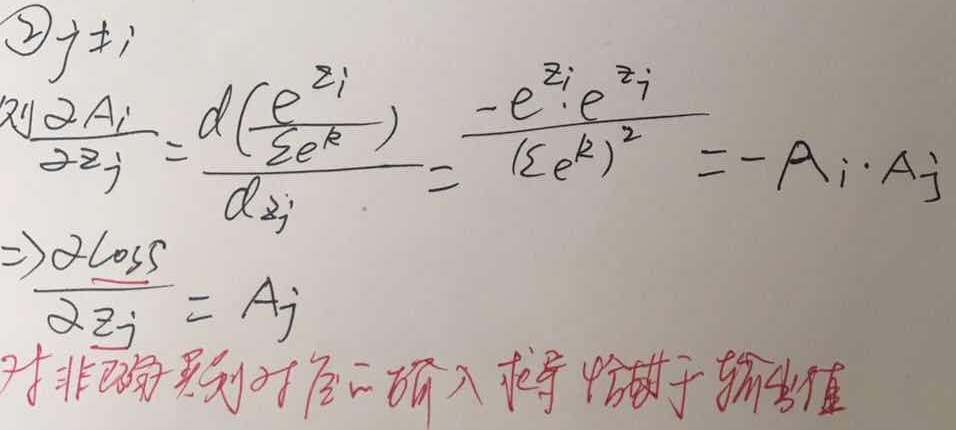
\textcircled{2} 若 \(A_{i}=\frac{e^{z_{i}}}{\sum_{k}e^{k}}\)，有：
\[\begin{align*}
\frac{\partial A_{i}}{\partial z_{j}}&=\frac{d\left(\frac{e^{z_{i}}}{\sum_{k}e^{k}}\right)}{dz_{j}}=\frac{-e^{z_{i}}e^{z_{j}}}{(\sum_{k}e^{k})^{2}}=-A_{i}\cdot A_{j}\\
\Rightarrow\frac{\partial\text{Loss}}{\partial z_{j}}&=A_{j}
\end{align*}\]
对非自索引对应的输入求导等于输出值。